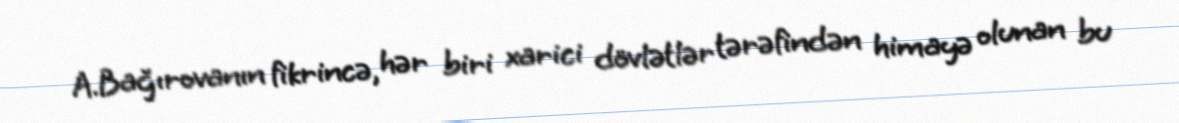
A.Bağırovanın fikrincə, hər biri xarici dövlətlər tərəfindən himayə olunan bu